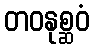
တဝနုစ္ဆဝံ